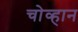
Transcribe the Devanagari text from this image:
चोव्हान